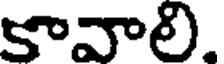
కావాలి.